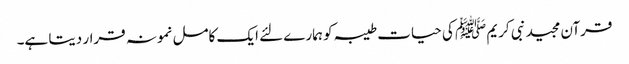
قرآن مجید نبی کریم ﷺ کی حیات طیبہ کو ہمارے لئے ایک کامل نمونہ قرار دیتا ہے۔